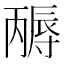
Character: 𡭃